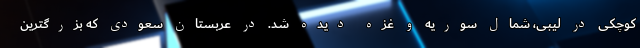
کوچکی در لیبی، شمال سوریه و غزه دیده شد. در عربستان سعودی که بزرگترین